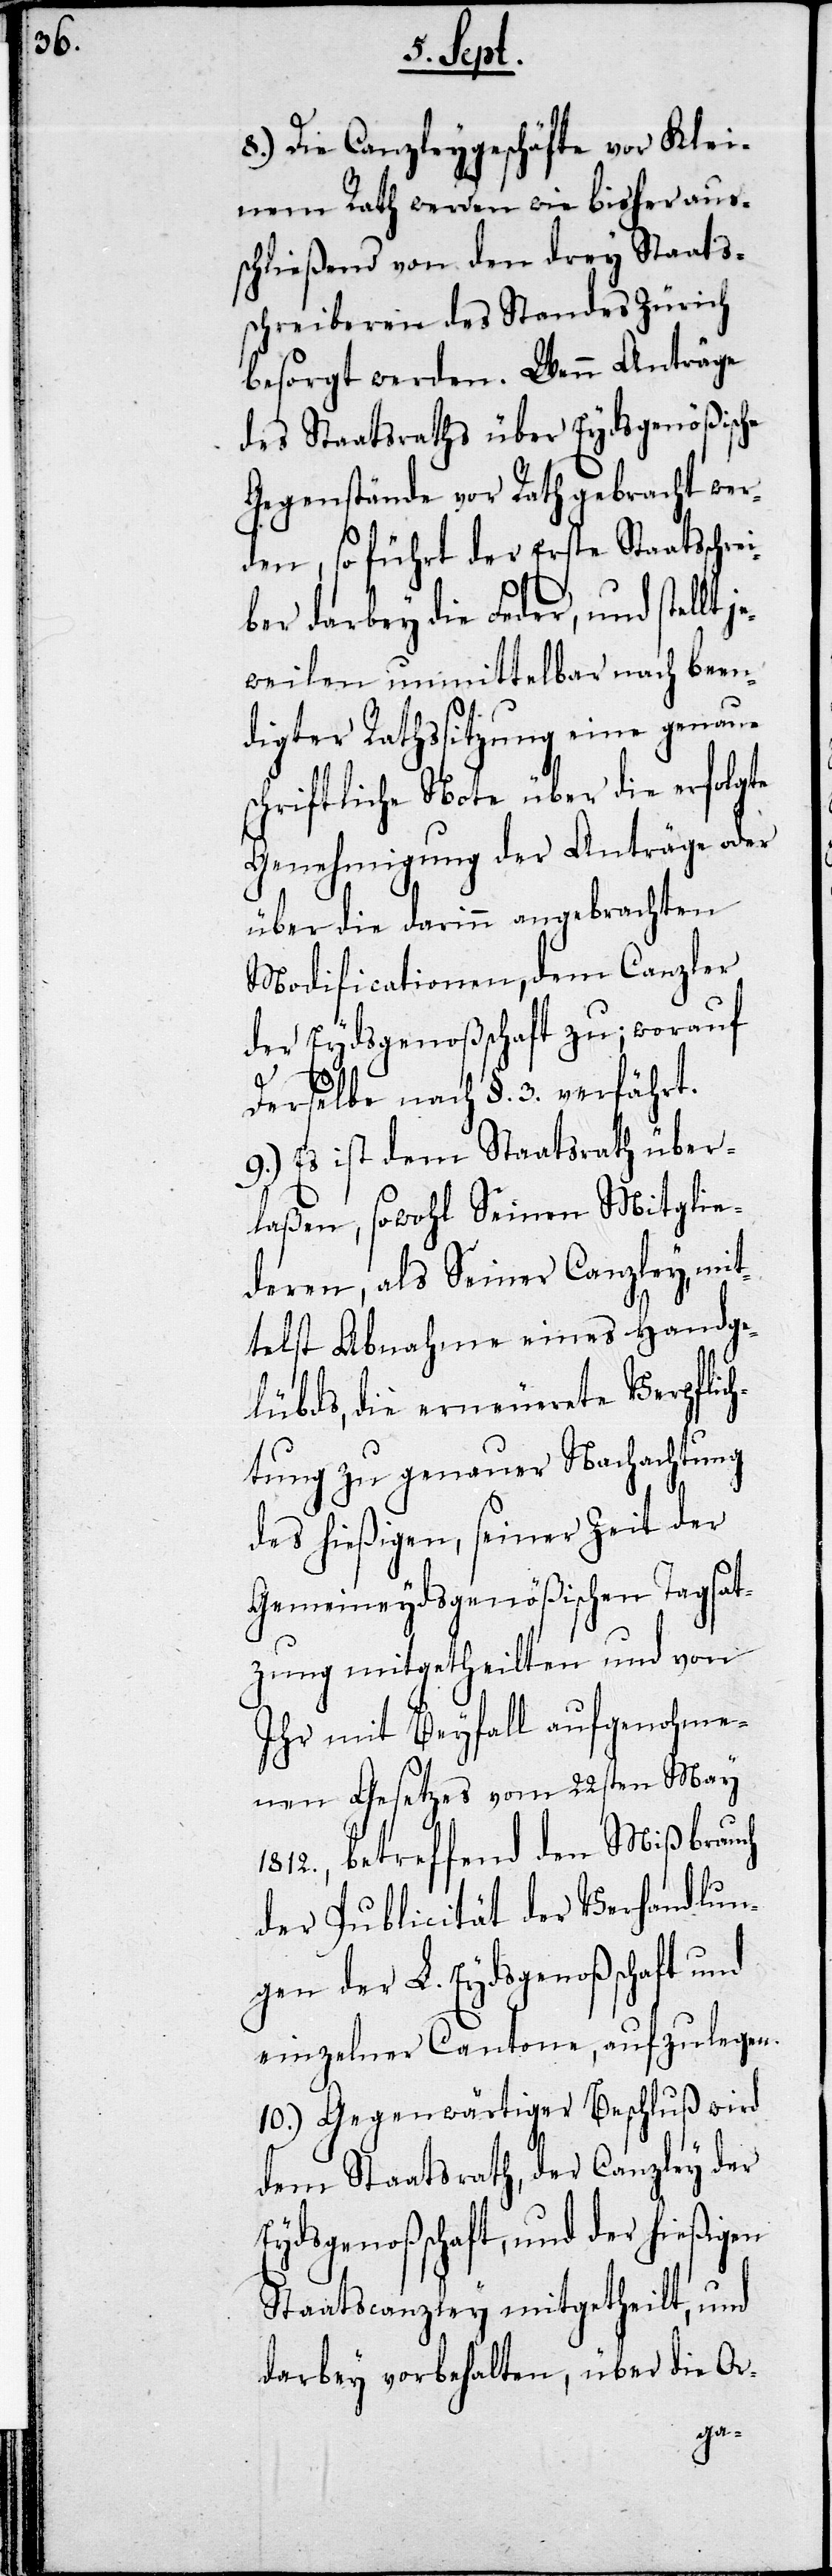
8.) Die Canzleygeschäfte vor Klei¬
nem Rath werden wie bisher aus¬
schließend von den drey Staats¬
schreibern des Standes Zürich
besorgt werden. Wenn Anträge
des Staatsraths über Eydsgenößische
Gegenstände vor Rath gebracht wer¬
den, so führt der Erste Staatsschre¬
iber darbey die Feder, und stellt
weilen unmittelbar nach been¬
digter Rathssitzung eine genaue
schriftliche Note über die erfolgte
Genehmigung der Anträge oder
über die darinn angebrachten
Modificationen, dem Canzler
der Eydsgenoßenschaft zu; worauf
derselbe nach §. 3. verfährt.
9.) Es ist dem Staatsrath über¬
laßen, sowohl Seinen Mitglie¬
deren, als Seiner Canzley, mit¬
telst Abnahme eines Handge¬
lübds, die erneuerete Verpflic¬
des hießigen, seiner Zeit der
Gemeineydsgenößischen Tagsat¬
zung mitgetheilten und von
Ihr mit Beyfall aufgenohme¬
nen Gesetzes vom 22sten May
1812., betreffend den Mißbrauch
der Publicität der Verhandlun¬
gen der L. Eydsgenoßenschaft und
einzelner Cantone, aufzulegen.
10.) Gegenwärtiger Beschluß wird
dem Staatsrath, der Canzley der
Eydsgenoßenschaft, und der hießigen
Staatscanzley mitgetheilt, und
darbey vorbehalten, über die Or-
htung